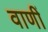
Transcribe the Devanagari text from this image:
वाणीं